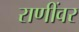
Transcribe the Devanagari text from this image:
राणींवर